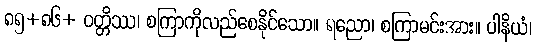
၈၅+၈၆+ ဝတ္တိဿ၊ စကြာကိုလည်စေနိုင်သော။ ရညော၊ စကြာမင်းအား။ ပါနိယံ၊